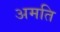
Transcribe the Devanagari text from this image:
अमति